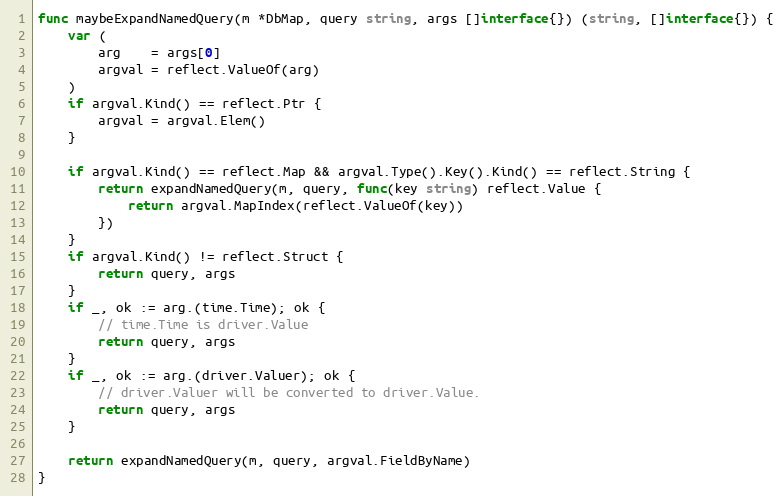
Language: Go
func maybeExpandNamedQuery(m *DbMap, query string, args []interface{}) (string, []interface{}) {
	var (
		arg    = args[0]
		argval = reflect.ValueOf(arg)
	)
	if argval.Kind() == reflect.Ptr {
		argval = argval.Elem()
	}

	if argval.Kind() == reflect.Map && argval.Type().Key().Kind() == reflect.String {
		return expandNamedQuery(m, query, func(key string) reflect.Value {
			return argval.MapIndex(reflect.ValueOf(key))
		})
	}
	if argval.Kind() != reflect.Struct {
		return query, args
	}
	if _, ok := arg.(time.Time); ok {
		// time.Time is driver.Value
		return query, args
	}
	if _, ok := arg.(driver.Valuer); ok {
		// driver.Valuer will be converted to driver.Value.
		return query, args
	}

	return expandNamedQuery(m, query, argval.FieldByName)
}